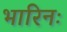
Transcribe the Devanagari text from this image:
भारिनः